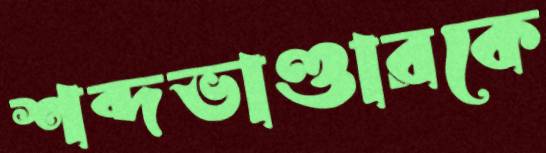
শব্দভাণ্ডারকে